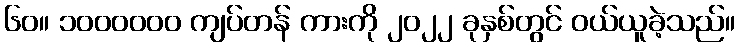
၆၀။ ၁၀၀၀၀၀၀ ကျပ်တန် ကားကို ၂၀၂၂ ခုနှစ်တွင် ဝယ်ယူခဲ့သည်။